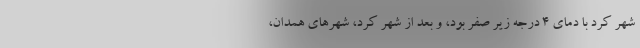
شهر کرد با دمای ۴ درجه زیر صفر بود، و بعد از شهر کرد، شهرهای همدان،